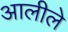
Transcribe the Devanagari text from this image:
आलीले